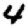
Digit: 4